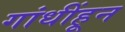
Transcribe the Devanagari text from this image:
गांधींहून